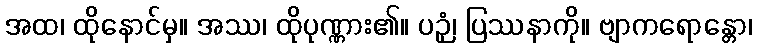
အထ၊ ထိုနောင်မှ။ အဿ၊ ထိုပုဏ္ဏား၏။ ပဉှံ၊ ပြဿနာကို။ ဗျာကရောန္တော၊